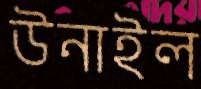
উনাইল